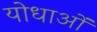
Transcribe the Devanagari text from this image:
योधाओं